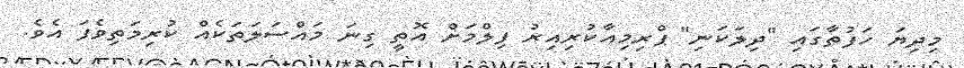
މިދިޔަ ހަފުތާގައި "ދިލަކަނި" ޕްރިމިއާކުރިއިރު ފިލްމަށް އޮތީ ގިނަ މައްސަލަތަކެއް ކުރިމަތިވެފަ އެވެ.